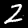
Digit: 2